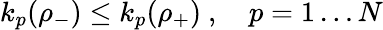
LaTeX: k_{p}(\rho_{-})\leq k_{p}(\rho_{+})\ ,\quad p=1\dots N